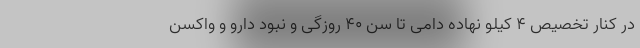
در کنار تخصیص ۴ کیلو نهاده دامی تا سن ۴۰ روزگی و نبود دارو و واکسن